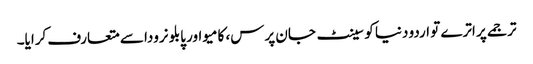
ترجمے پر اترے تو اردو دنیا کو سینٹ جان پرس، کامیو اور پابلو نرودا سے متعارف کرایا۔